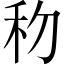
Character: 𥝢